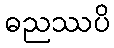
ဓညဿပိ